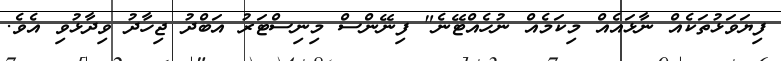
ފިޔަވަޅުތަކެއް ނާޅައެއް މިކަމެއް ނުހެއްޓޭނެ" ފިނޭންސް މިނިސްޓަރު އަބްދު ޖިހާދު ވިދާޅުވި އެވެ.